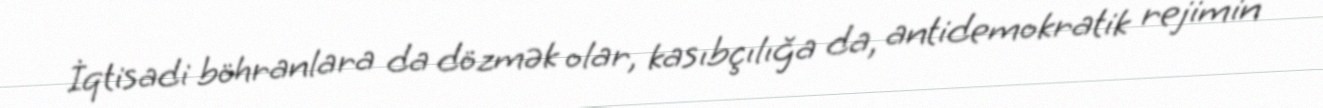
İqtisadi böhranlara da dözmək olar, kasıbçılığa da, antidemokratik rejimin